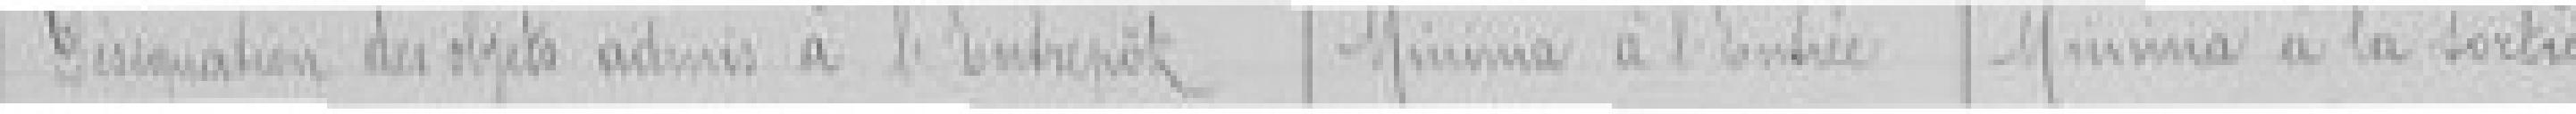
Désignation des objets admis à l'entrepôt / Minima à l'entrée / Minima à la sortie